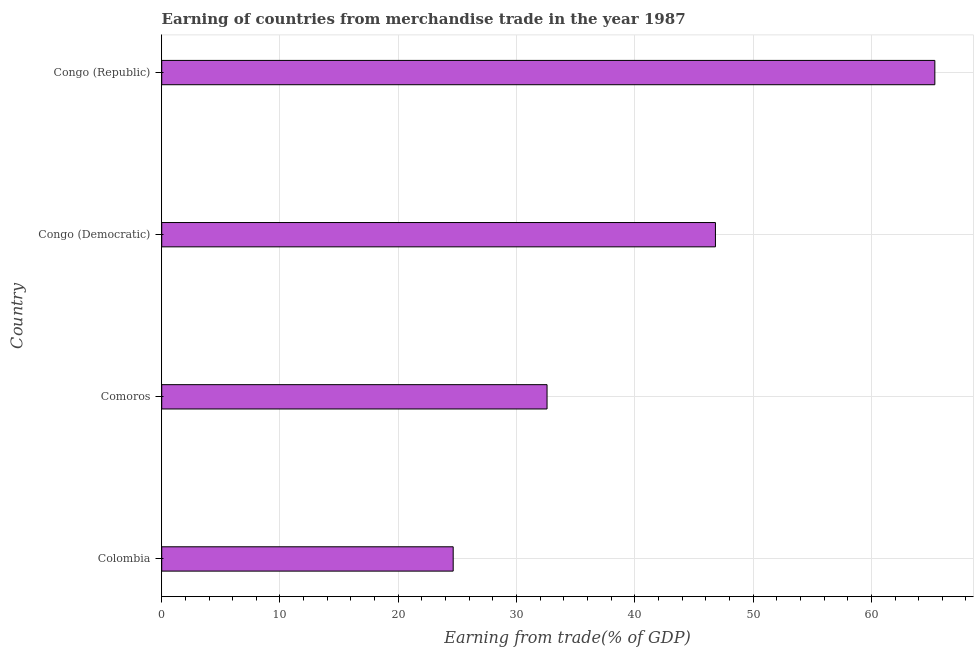
| Country | Merchandise trade |
 | --- | --- |
 | Colombia | 24.6 |
 | Comoros | 32.6 |
 | Congo (Democratic) | 46.8 |
 | Congo (Republic) | 65.4 |